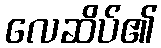
လေဆိပ်၏